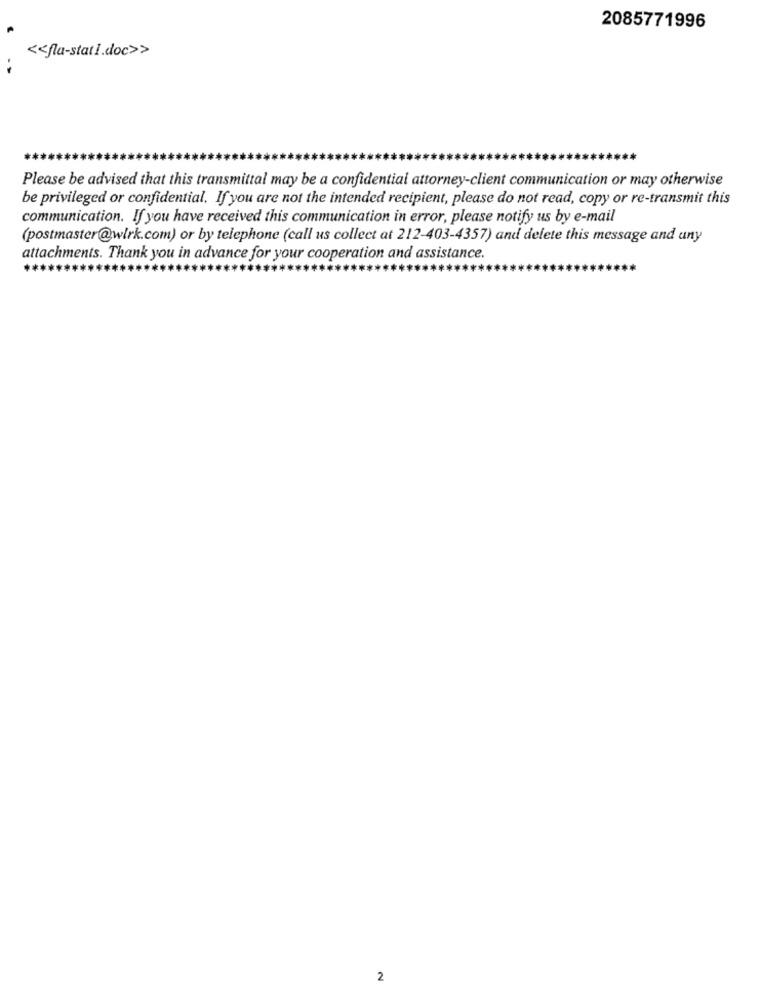
2085771996
<< fla-stat1.doc>>
Please be advised that this transmittal may be a confidential attorney-client communication or may otherwise
be privileged or confidential. If you are not the intended recipient, please do not read, copy or re-transmit this
communication. If you have received this communication in error, please notify us by e-mail
(postmaster@wirk.com) or by telephone (call us collect at 212-403-4357) and delete this message and any
attachments. Thank you in advance for your cooperation and assistance.
2